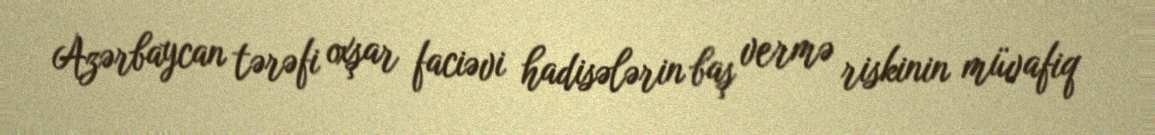
Azərbaycan tərəfi oxşar faciəvi hadisələrin baş vermə riskinin müvafiq